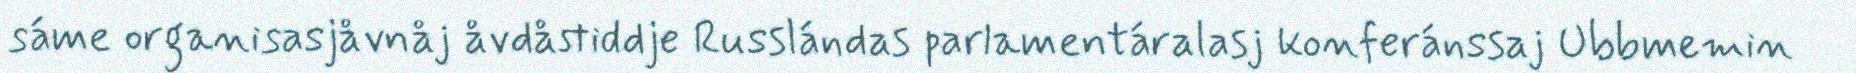
sáme organisasjåvnåj åvdåstiddje Russlándas parlamentáralasj konferánssaj Ubbmemin